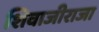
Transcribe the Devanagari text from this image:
शिवाजीराजा